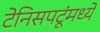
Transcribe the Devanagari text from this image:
टेनिसपटूंमध्ये